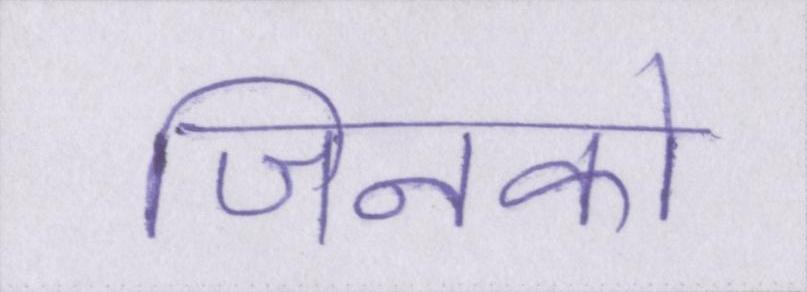
जिनको